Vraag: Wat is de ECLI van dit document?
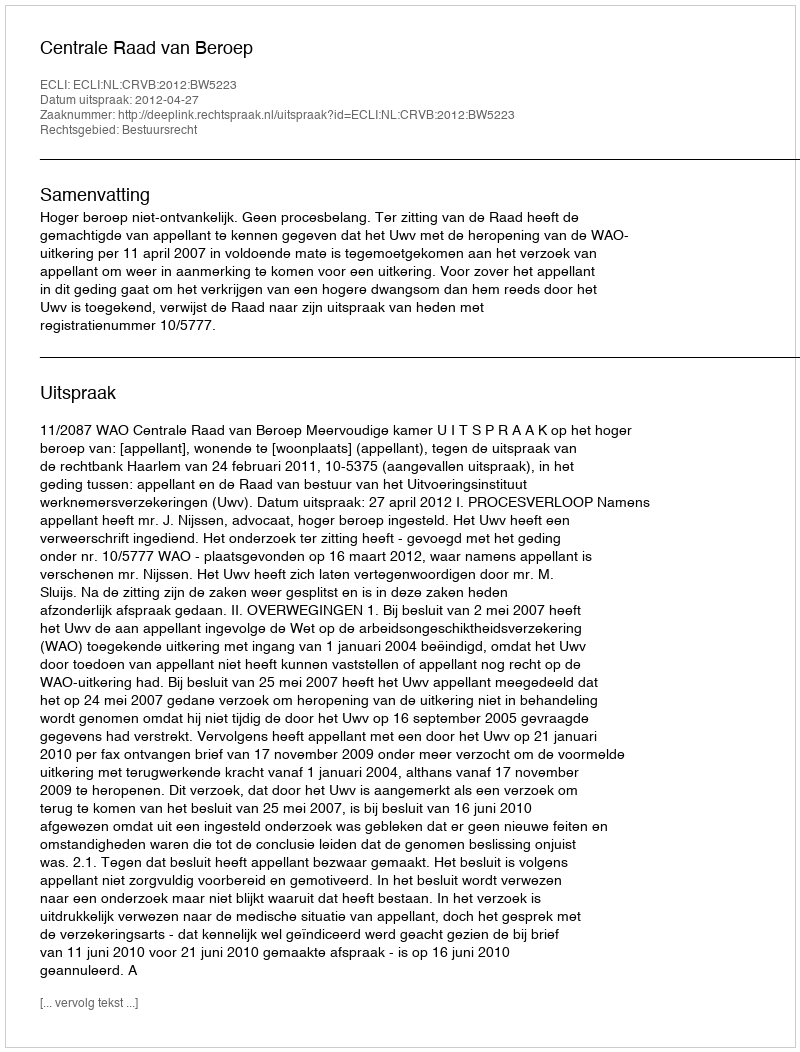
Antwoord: ECLI:NL:CRVB:2012:BW5223